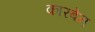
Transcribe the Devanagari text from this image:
कारबेन